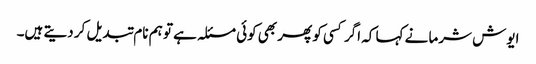
ایوش شرما نے کہا کہ اگر کسی کو پھر بھی کوئی مسئلہ ہے تو ہم نام تبدیل کر دیتے ہیں۔